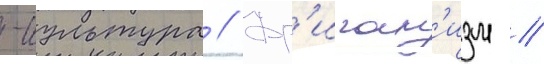
-культура // Фр'иган'изм //